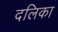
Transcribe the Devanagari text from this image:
दलिका